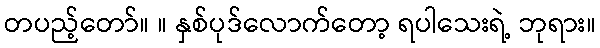
တပည့်တော်။ ။ နှစ်ပုဒ်လောက်တော့ ရပါသေးရဲ့ ဘုရား။